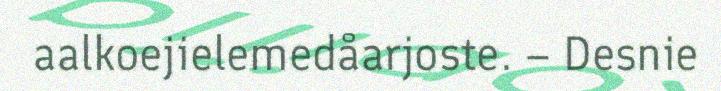
aalkoejielemedåarjoste. – Desnie